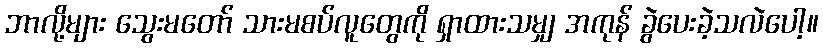
ဘာလို့များ သွေးမတော် သားမစပ်လူတွေကို ရှာထားသမျှ အကုန် ခွဲပေးခဲ့သလဲပေါ့။